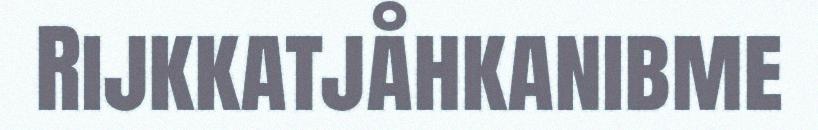
Rijkkatjåhkanibme